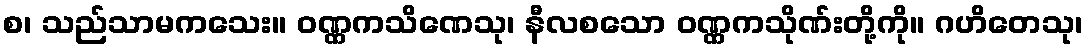
စ၊ သည်သာမကသေး။ ဝဏ္ဏကသိဏေသု၊ နီလစသော ဝဏ္ဏကသိုဏ်းတို့ကို။ ဂဟိတေသု၊